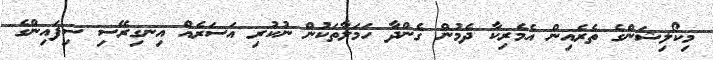
މިކޯލިޝަންގެ ތެރެއިން އެމެރިކާ ދެމުން ގެންދާ ހަމަލާތަކުން ނުކުރި އަސަރެއް އިނގިރޭސި ސިފައިންގެ